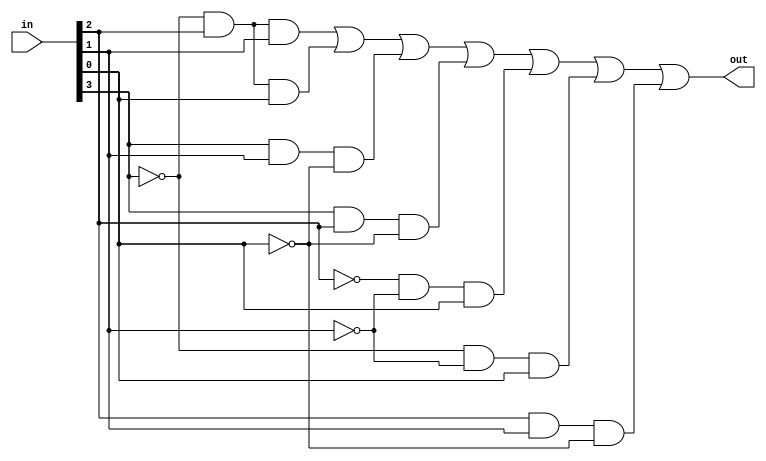
module kevin_G(in, out);
	// constant
	parameter bitLength = 4;

	// gate temp variables
	wire not_a, not_b, not_c, not_d;
	wire and_0, and_1, and_2, and_3, and_4, and_5, and_6;
	wire or_0;


	// IO specified
	input [bitLength-1 : 0] in;
	output out;

	//compute && output
	not not0(not_a, in[3]);
	not not3(not_b, in[2]);
	not not2(not_c, in[1]);
	not not1(not_d, in[0]);

	and and0(and_0, not_a, in[2], in[1]);
	and and1(and_1, not_a, in[2], in[0]);
	and and2(and_2, in[3], in[1], not_d);
	and and3(and_3, in[3], in[2], not_d);
	and and4(and_4, not_b, not_c, in[0]);
	and and5(and_5, not_a, not_c, in[0]);
	and and6(and_6, in[2], in[1], not_d);

	or or0(out, and_0, and_1, and_2, and_3, and_4, and_5, and_6);
endmodule

module kevin_D(in, out);
	//const
	parameter bitLength = 4;

	// IO info
	input [bitLength-1 : 0] in;
	output out;

	//compute && output
	assign out = (!in[3]&in[2]&in[1])
			|(!in[3]&in[2]&in[0])
			|(in[3]&in[1]&!in[0])
			|(in[3]&in[2]&!in[0])
			|(!in[2]&!in[1]&in[0])
			|(!in[3]&!in[1]&in[0])
			|(in[2]&in[1]&!in[0]);
endmodule


module kevin_B(in, out);
	//const
	parameter bitLength = 4;

	// IO info
	input [bitLength-1 : 0] in;
	output reg out;

	// compute
	always@(*)begin
		case(in)
			1,5,6,7,9,10,12,14:
				begin
					out = 1'b1;
				end
			default:
				begin
					out = 1'b0;
				end
		endcase
	end
endmodule